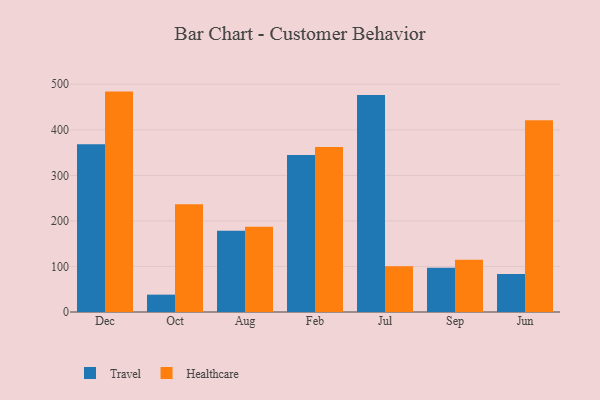
{"axis": {"x": "Month", "y": "Gross Profit (USD K)"}, "legend": ["Healthcare", "Travel"], "data": [{"x": "Dec", "y": 368.1, "type": "Travel"}, {"x": "Dec", "y": 483.9, "type": "Healthcare"}, {"x": "Oct", "y": 38.1, "type": "Travel"}, {"x": "Oct", "y": 236.4, "type": "Healthcare"}, {"x": "Aug", "y": 178.3, "type": "Travel"}, {"x": "Aug", "y": 187.4, "type": "Healthcare"}, {"x": "Feb", "y": 344.9, "type": "Travel"}, {"x": "Feb", "y": 362.2, "type": "Healthcare"}, {"x": "Jul", "y": 476.2, "type": "Travel"}, {"x": "Jul", "y": 100.2, "type": "Healthcare"}, {"x": "Sep", "y": 97.0, "type": "Travel"}, {"x": "Sep", "y": 114.6, "type": "Healthcare"}, {"x": "Jun", "y": 83.7, "type": "Travel"}, {"x": "Jun", "y": 420.9, "type": "Healthcare"}]}